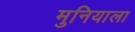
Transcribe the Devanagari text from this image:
मुनियाला